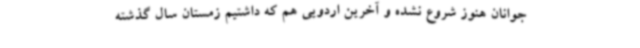
جوانان هنوز شروع نشده و آخرین اردویی هم که داشتیم زمستان سال گذشته